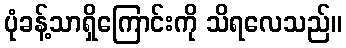
ပုံခန့်သာရှိကြောင်းကို သိရလေသည်။